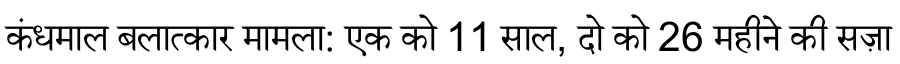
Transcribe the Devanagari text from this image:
कंधमाल बलात्कार मामला: एक को 11 साल, दो को 26 महीने की सज़ा